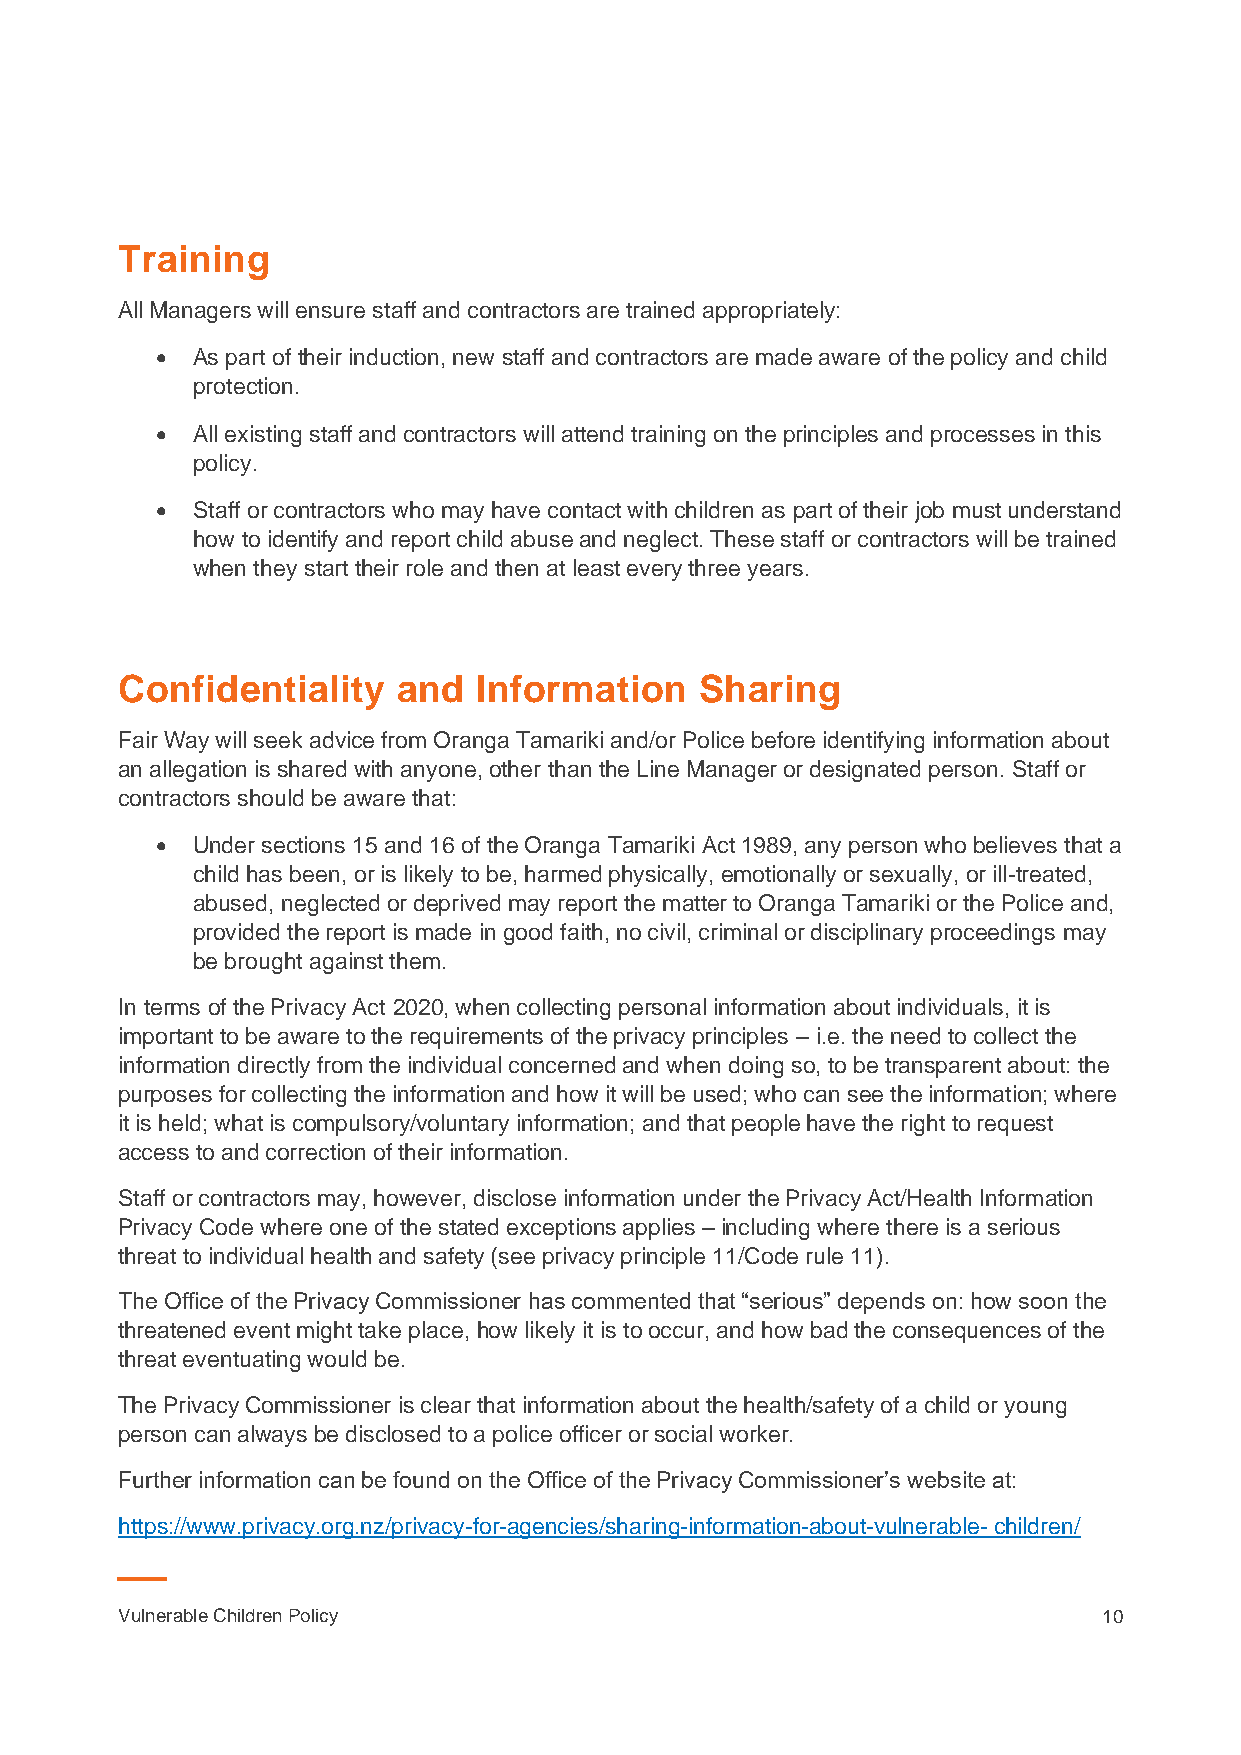
Training
 All Managers will ensure staff and contractors are trained appropriately:
 •  As part of their induction, new staff and contractors are made aware of the policy and child
 protection.
 •  All existing staff and contractors will attend training on the principles and processes in this
 policy.
 •  Staff or contractors who may have contact with children as part of their job must understand
 how to identify and report child abuse and neglect. These staff or contractors will be trained
 when they start their role and then at least every three years.
 Confidentiality   and  Information    Sharing
 Fair Way will seek advice from Oranga Tamariki and/or Police before identifying information about
 an allegation is shared with anyone, other than the Line Manager or designated person. Staff or
 contractors should be aware that:
 •  Under sections 15 and 16 of the Oranga Tamariki Act 1989, any person who believes that a
 child has been, or is likely to be, harmed physically, emotionally or sexually, or ill-treated,
 abused, neglected or deprived may report the matter to Oranga Tamariki or the Police and,
 provided the report is made in good faith, no civil, criminal or disciplinary proceedings may
 be brought against them.
 In terms of the Privacy Act 2020, when collecting personal information about individuals, it is
 important to be aware to the requirements of the privacy principles – i.e. the need to collect the
 information directly from the individual concerned and when doing so, to be transparent about: the
 purposes for collecting the information and how it will be used; who can see the information; where
 it is held; what is compulsory/voluntary information; and that people have the right to request
 access to and correction of their information.
 Staff or contractors may, however, disclose information under the Privacy Act/Health Information
 Privacy Code where one of the stated exceptions applies – including where there is a serious
 threat to individual health and safety (see privacy principle 11/Code rule 11).
 The Office of the Privacy Commissioner has commented that “serious” depends on: how soon the
 threatened event might take place, how likely it is to occur, and how bad the consequences of the
 threat eventuating would be.
 The Privacy Commissioner is clear that information about the health/safety of a child or young
 person can always be disclosed to a police officer or social worker.
 Further information can be found on the Office of the Privacy Commissioner’s website at:
 https://www.privacy.org.nz/privacy-for-agencies/sharing-information-about-vulnerable- children/
 Vulnerable Children Policy                                       10